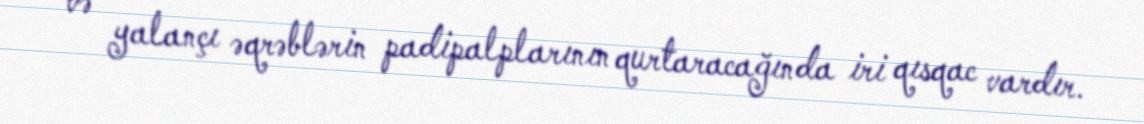
və yalançı əqrəblərin padipalplarının qurtaracağında iri qısqac vardır.